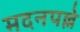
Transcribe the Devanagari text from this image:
मदनपल्ले